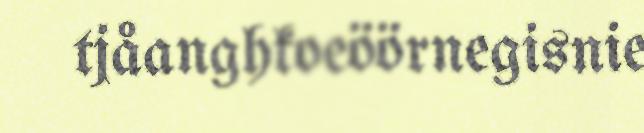
tjåanghkoeöörnegisnie